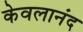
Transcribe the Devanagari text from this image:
केवलानंद